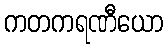
ကတကရဏီယော